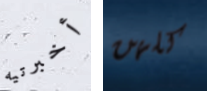
أخبرتيه كلهن